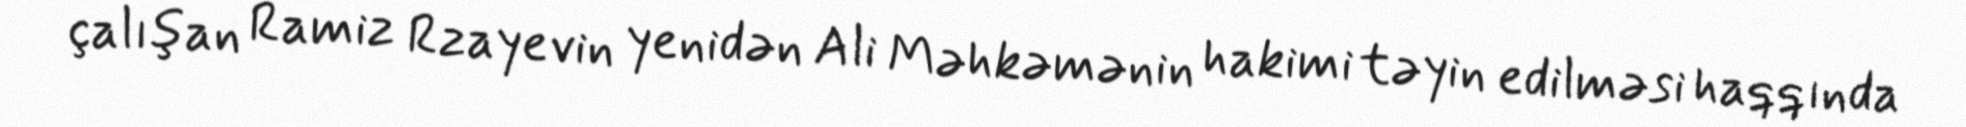
çalışan Ramiz Rzayevin yenidən Ali Məhkəmənin hakimi təyin edilməsi haqqında